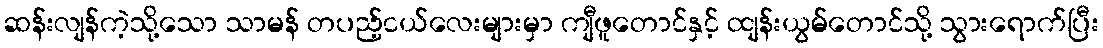
ဆန်းလျန်ကဲ့သို့သော သာမန် တပည့်ငယ်လေးများမှာ ကျီဖူတောင်နှင့် ထျန်းယွမ်တောင်သို့ သွားရောက်ပြီး